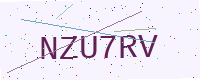
Text: NZU7RV